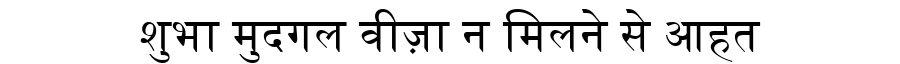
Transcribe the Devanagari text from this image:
शुभा मुदगल वीज़ा न मिलने से आहत